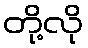
တို့လို